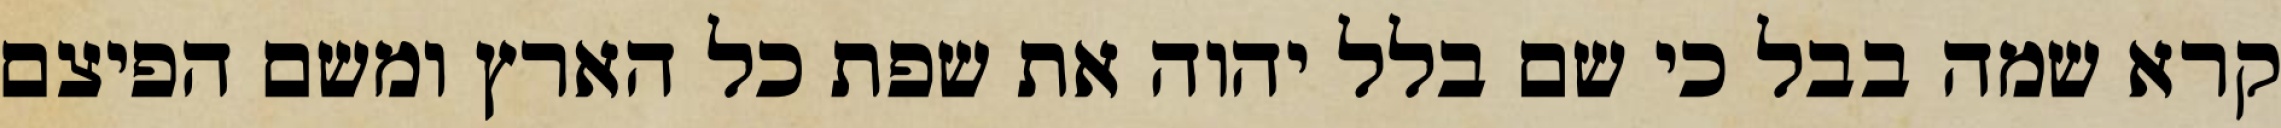
קרא שמה בבל כי שם בלל יהוה את שפת כל הארץ ומשם הפיצם